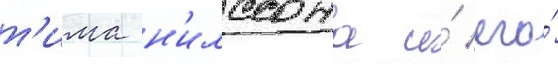
т'има н'илссона и́ его́